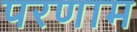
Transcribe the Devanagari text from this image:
परणाम